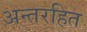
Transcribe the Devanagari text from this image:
अन्तरहित